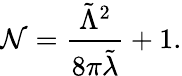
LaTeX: \mathcal{N}=\frac{\tilde{\Lambda}^{2}}{8\pi\tilde{\lambda}}+1.